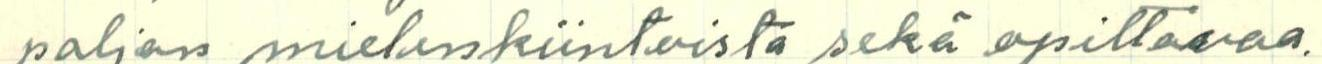
paljon mielenkiintoista sekä opittavaa.